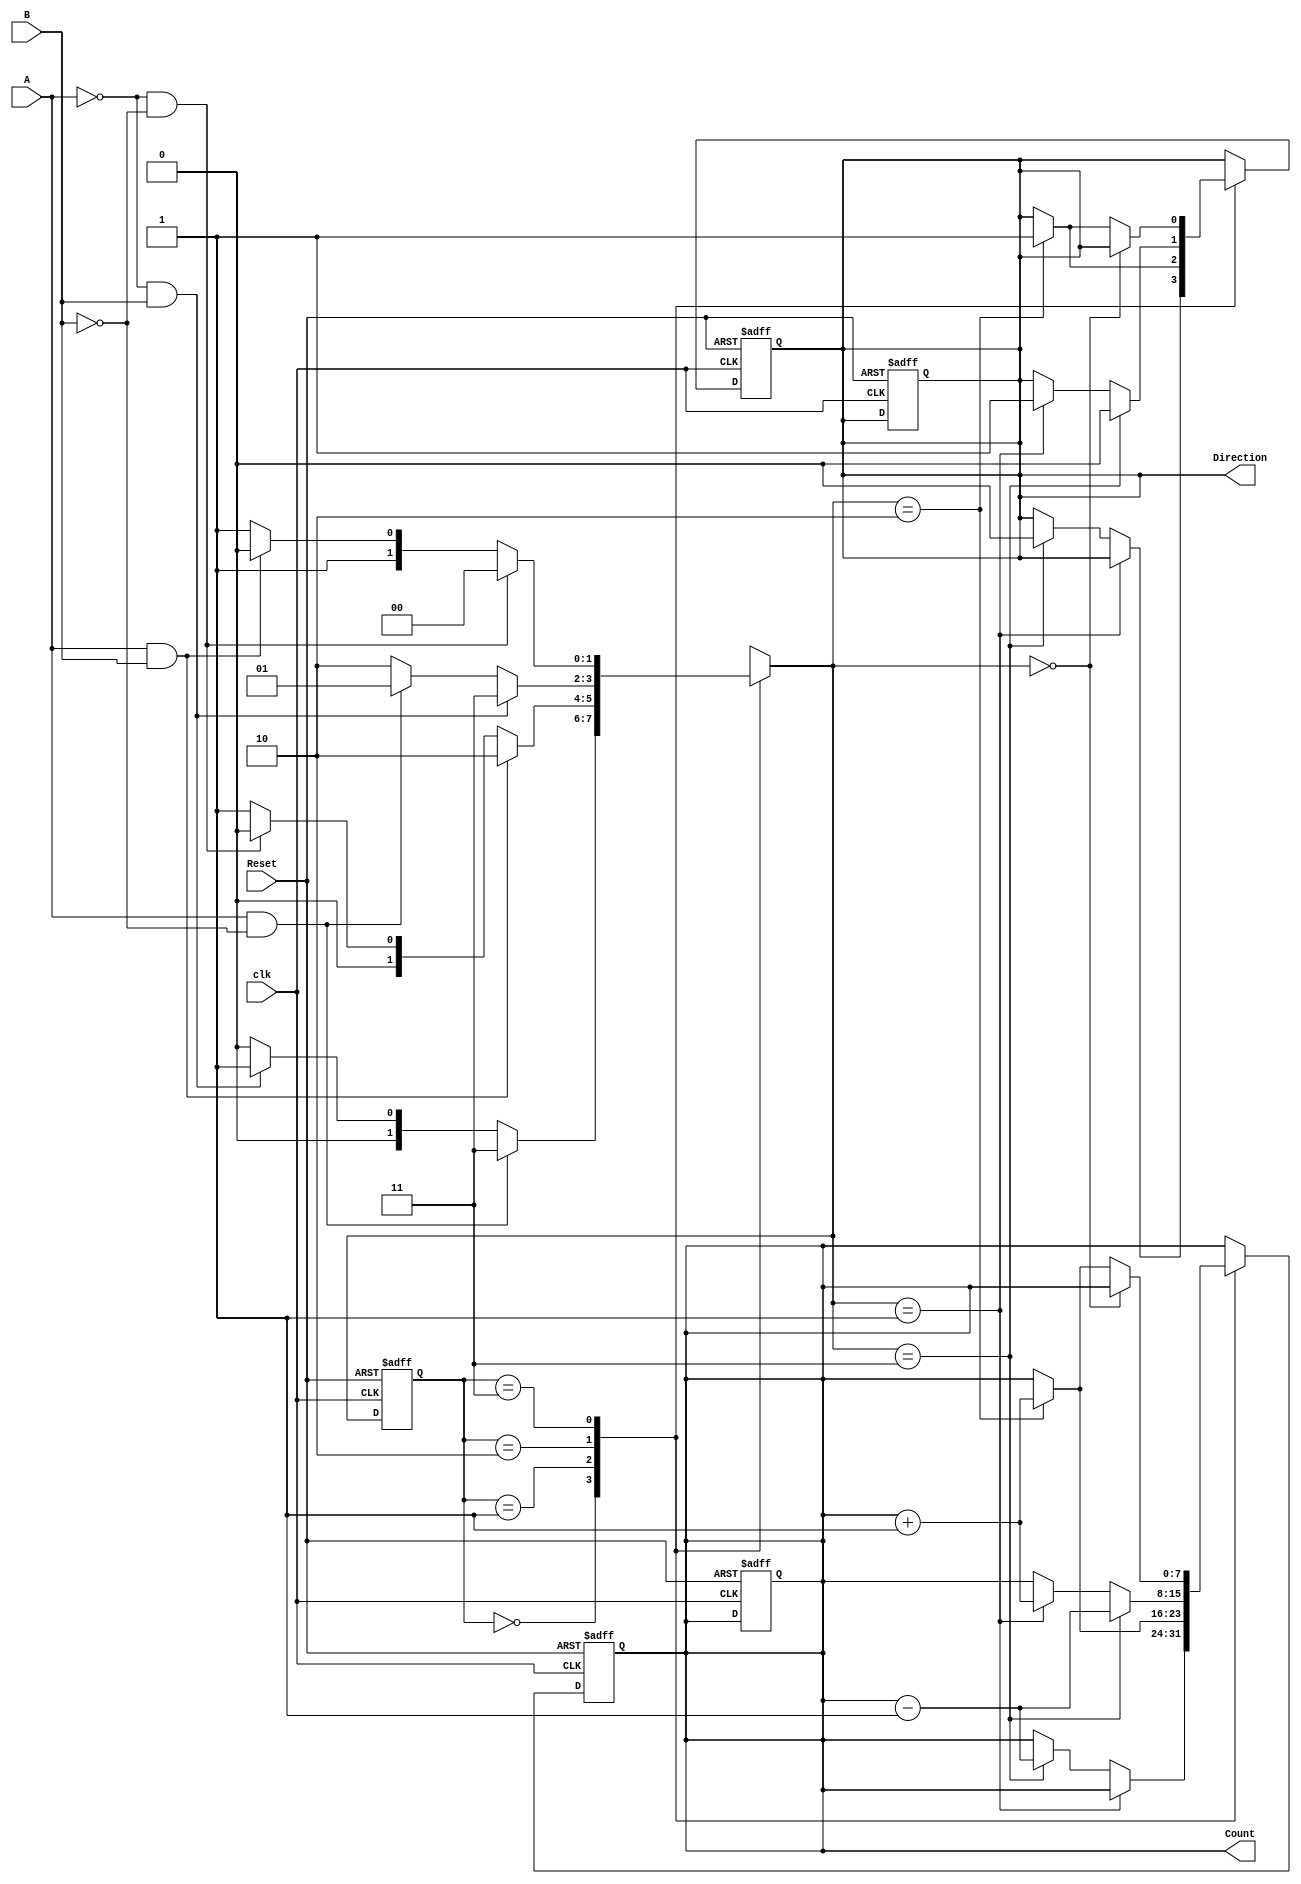
module rotary_encoder (
    input wire A,              // Phase A input
    input wire B,              // Phase B input
    input wire Reset,          // Reset signal, active high
    input wire clk,            // Clock signal for synchronization
    output reg [7:0] Count,    // Current count (using 8 bits)
    output reg Direction        // Direction signal: 0 for counterclockwise, 1 for clockwise
);
    // State encoding
    reg [1:0] state, next_state;
    
    // State definitions
    parameter [1:0] S00 = 2'b00,
                    S01 = 2'b01,
                    S11 = 2'b10,
                    S10 = 2'b11;

    // State transition logic based on A and B
    always @(posedge clk or posedge Reset) begin
        if (Reset) begin
            state <= S00;          // Reset to initial state
            Count <= 8'b0;         // Reset count
            Direction <= 1'b0;     // Reset direction
        end else begin
            state <= next_state;   // Update current state
        end
    end

    // Next state logic
    always @(*) begin
        case (state)
            S00: begin
                if (A && !B)      // Transition from S00 to S10
                    next_state = S10;
                else if (!A && B) // Transition from S00 to S01
                    next_state = S01;
                else
                    next_state = S00; // Stay in S00
            end

            S01: begin
                if (A && B)       // Transition from S01 to S11
                    next_state = S11;
                else if (!A && !B) // Transition from S01 to S00
                    next_state = S00;
                else
                    next_state = S01; // Stay in S01
            end

            S11: begin
                if (!A && B)      // Transition from S11 to S10
                    next_state = S10;
                else if (A && !B) // Transition from S11 to S01
                    next_state = S01;
                else
                    next_state = S11; // Stay in S11
            end

            S10: begin
                if (!A && !B)     // Transition from S10 to S00
                    next_state = S00;
                else if (A && B)  // Transition from S10 to S11
                    next_state = S11;
                else
                    next_state = S10; // Stay in S10
            end

            default: next_state = S00; // Default state
        endcase
    end

    // Count and Direction update
    always @(posedge clk or posedge Reset) begin
        if (Reset) begin
            Count <= 8'b0;         // Reset Count
            Direction <= 1'b0;     // Reset Direction
        end else begin
            case (state)
                S00: begin
                    if (next_state == S01) begin
                        Count <= Count; // No change
                    end else if (next_state == S10) begin
                        Count <= Count - 1; // Decrement Count
                        Direction <= 1'b0; // Counterclockwise
                    end
                end

                S01: begin
                    if (next_state == S11) begin
                        Count <= Count + 1; // Increment Count
                        Direction <= 1'b1; // Clockwise
                    end else if (next_state == S00) begin
                        Count <= Count; // No change
                    end
                end

                S11: begin
                    if (next_state == S10) begin
                        Count <= Count - 1; // Decrement Count
                        Direction <= 1'b0; // Counterclockwise
                    end else if (next_state == S01) begin
                        Count <= Count + 1; // Increment Count
                        Direction <= 1'b1; // Clockwise
                    end
                end

                S10: begin
                    if (next_state == S00) begin
                        Count <= Count; // No change
                    end else if (next_state == S11) begin
                        Count <= Count + 1; // Increment Count
                        Direction <= 1'b1; // Clockwise
                    end
                end

                default: begin
                    Count <= Count; // No change
                end
            endcase
        end
    end
endmodule